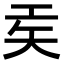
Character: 𫶬